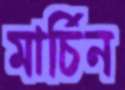
মার্চিন